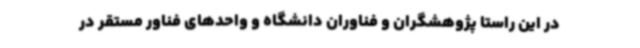
در این راستا پژوهشگران و فناوران دانشگاه و واحدهای فناور مستقر در